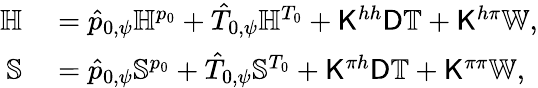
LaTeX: \begin{array}{rl}{\mathbb{H}}&{{}=\hat{p}_{0,\psi}\mathbb{H}^{p_{0}}+\hat{T}_{0,\psi}\mathbb{H}^{T_{0}}+\mathsf{K}^{hh}\mathsf{D}\mathbb{T}+\mathsf{K}^{h\pi}\mathbb{W},}\\ {\mathbb{S}}&{{}=\hat{p}_{0,\psi}\mathbb{S}^{p_{0}}+\hat{T}_{0,\psi}\mathbb{S}^{T_{0}}+\mathsf{K}^{\pi h}\mathsf{D}\mathbb{T}+\mathsf{K}^{\pi\pi}\mathbb{W},}\end{array}